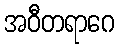
အဝီတရာဂေ